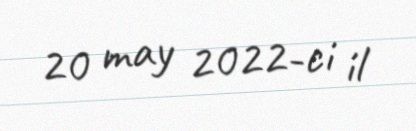
20 may 2022-ci il